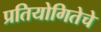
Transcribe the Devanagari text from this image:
प्रतियोगितेचे